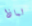
لماذا